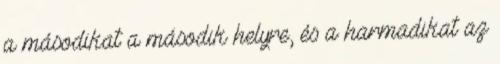
a másodikat a második helyre, és a harmadikat az